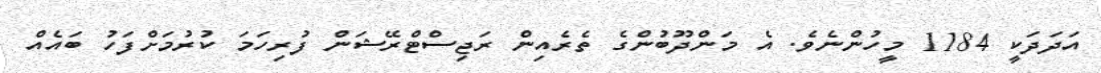
އަދަދަކީ 1184 މީހުންނެވެ. އެ މަންދޫބުންގެ ތެރެއިން ރަޖިސްޓްރޭޝަން ފުރިހަމަ ކުރުމަށްފަހު ބައެއް